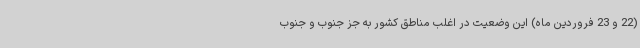
(22 و 23 فروردین ماه) این وضعیت در اغلب مناطق کشور به جز جنوب و جنوب